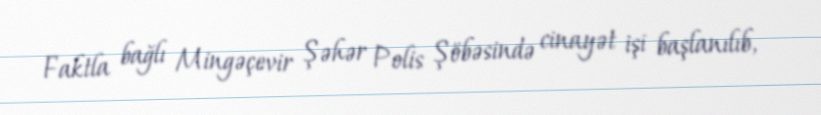
Faktla bağlı Mingəçevir Şəhər Polis Şöbəsində cinayət işi başlanılıb,